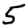
Digit: 5